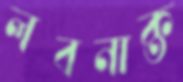
লবনাক্ত